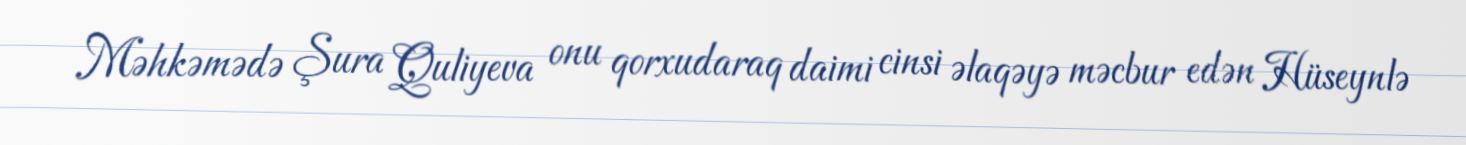
Məhkəmədə Şura Quliyeva onu qorxudaraq daimi cinsi əlaqəyə məcbur edən Hüseynlə